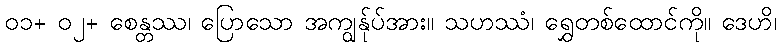
၀၁+ ၀၂+ စေန္တဿ၊ ပြောသော အကျွန်ုပ်အား။ သဟဿံ၊ ရွှေတစ်ထောင်ကို။ ဒေဟိ၊